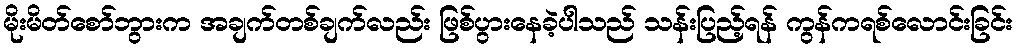
မိုးမိတ်စော်ဘွားက အချက်တစ်ချက်လည်း ဖြစ်ပွားနေခဲ့ပါသည် သန်းပြည့်ရန် ကွန်ကရစ်လောင်းခြင်း